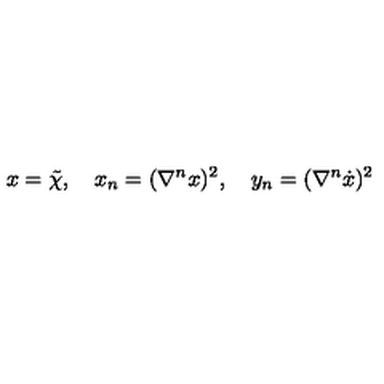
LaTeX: x = \tilde { \chi } , \quad x _ { n } = ( \nabla ^ { n } x ) ^ { 2 } , \quad y _ { n } = ( \nabla ^ { n } \dot { x } ) ^ { 2 }